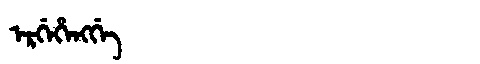
Manchu: ᡝᡵᡤᡝᡥᡝᠩᡤᡝ
Romanization: ERGEHENGGE